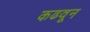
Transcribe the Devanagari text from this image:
कढवून